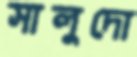
সালুদো